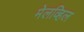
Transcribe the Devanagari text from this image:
मेलव्हिल